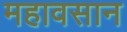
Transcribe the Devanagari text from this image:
महावसान